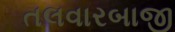
તલવારબાજી